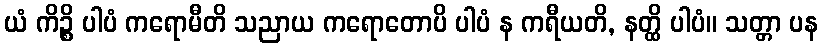
ယံ ကိဉ္စိ ပါပံ ကရောမီတိ သညာယ ကရောတောပိ ပါပံ န ကရီယတိ, နတ္ထိ ပါပံ။ သတ္တာ ပန